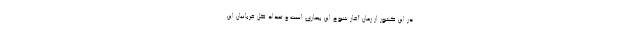
در این کشور از زمان آغاز شیوع این بیماری است و تعداد کل قربانیان این